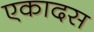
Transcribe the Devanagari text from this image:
एकादस